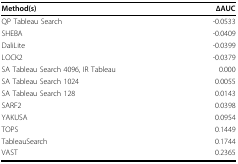
<table><thead><tr><td><b>Method(s)</b></td><td><b>ΔAUC</b></td></tr></thead><tbody><tr><td>QP Tableau Search</td><td>-0.0533</td></tr><tr><td>SHEBA</td><td>-0.0409</td></tr><tr><td>DaliLite</td><td>-0.0399</td></tr><tr><td>LOCK2</td><td>-0.0379</td></tr><tr><td>SA Tableau Search 4096, IR Tableau</td><td>0.000</td></tr><tr><td>SA Tableau Search 1024</td><td>0.0055</td></tr><tr><td>SA Tableau Search 128</td><td>0.0143</td></tr><tr><td>SARF2</td><td>0.0398</td></tr><tr><td>YAKUSA</td><td>0.0954</td></tr><tr><td>TOPS</td><td>0.1449</td></tr><tr><td>TableauSearch</td><td>0.1744</td></tr><tr><td>VAST</td><td>0.2365</td></tr></tbody></table>